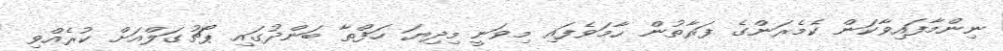
ނިންމާފައިވާކަން ކެމެރަންގެ ފަރާތުން ހާމަވެފައި މިވަނީ މިދިޔަ ހަފްތާ ބަންދުގައި ޕޯޗުގަލްއަށް ކުރެއްވި